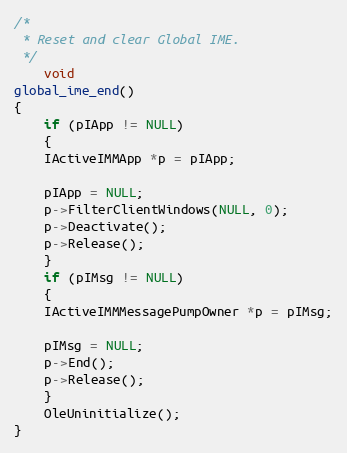
Language: C++
/*
 * Reset and clear Global IME.
 */
    void
global_ime_end()
{
    if (pIApp != NULL)
    {
	IActiveIMMApp *p = pIApp;

	pIApp = NULL;
	p->FilterClientWindows(NULL, 0);
	p->Deactivate();
	p->Release();
    }
    if (pIMsg != NULL)
    {
	IActiveIMMMessagePumpOwner *p = pIMsg;

	pIMsg = NULL;
	p->End();
	p->Release();
    }
    OleUninitialize();
}